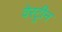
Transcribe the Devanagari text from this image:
वेरट्रीन